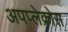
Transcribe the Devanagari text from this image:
अपप्लेक्रोस